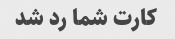
کارت شما رد شد